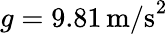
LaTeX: g=9.81\, \mathrm{m/s}^{2}